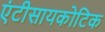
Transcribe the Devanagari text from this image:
एंटीसायकोटिक